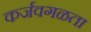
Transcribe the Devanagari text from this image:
कर्जवगळता